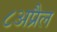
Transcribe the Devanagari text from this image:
८अप्रैल